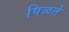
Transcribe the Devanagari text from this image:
पिळते